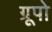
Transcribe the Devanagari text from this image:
ग्रूपो